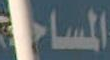
المساحة